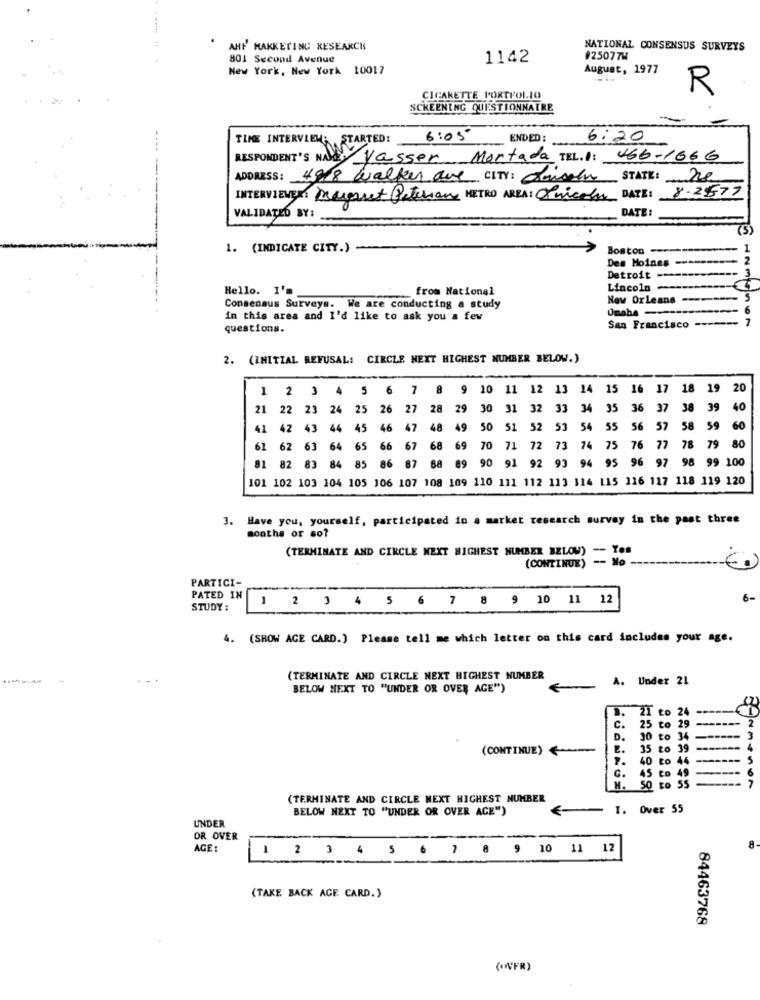
AHF MARKETING RESEARCH
NATIONAL CONSENSUS SURVEYS
801 Second Avenue
1142
#25077W
New York, New York 10017
August, 1977
---
R
CIGARETTE PORTFOLIO
SCREENING QUESTIONNAIRE
TIME INTERVIEW: STARTED:
6:05
ENDED:
6:20
RESPONDENT'S NAVE Vasser Montada TEL. I: 466-1666
-
ADDRESS: 4948 walker are CITY: Criseen STATE: 20
INTERVIEWER : Anceret Peterson METRO AREA: Unicola DATE: 8-2577
VALIDATED BY:
DATE
(5)
1. (INDICATE CITY.)
Boston
1
Des Moines -------
2
Detroit --
-- 3
Hello. I'm
from National
Lincoln ---
New Orleans -------
5
Consensus Surveys. We are conducting a study
-- 6
in this area and I'd like to ask you a few
- 7
questions.
San Francisco ----
2. (INITIAL REFUSAL: CIRCLE NEXT HIGHEST NUMBER BELOW.)
1 2 3 4 5 6 7 8 9 10 11 12 13 14
15
16
17
18 19
20
21 22 23 24 25 26 27 28 29 30 31 32 33 34 35 36 37 38
39
40
41 42 43 44 45 46 47 48 49 50 51 52 53 54 55 56 57 58
59
60
61 62 63 64 65 66 67 68 69
70 71 72 73 74 75 76 77 78 79 80
81 82 83 84 85 86 87 88 89 90 91 92 93 94 95 96 97 98 99 100
101 102 103 104 105 106 107 108 109 110 111 112 113 314 115 116 117 118 119 120
3. Have you, yourself, participated in a market research survey in the past three
months or so?
(TERMINATE AND CIRCLE NEXT HIGHEST NUMBER BELOW) -- Yes
(CONTINUE)
- No -
PARTICI-
6-
PATED IN 1 2 3 4 5 6 7 8 9 10 11 12
STUDY:
4. (SHOW ACE CARD.) Please tell me which letter on this card includes your age.
(TERMINATE AND CIRCLE NEXT HIGHEST NUMBER
A. Under 21
BELOW NEXT TO "UNDER OR OVER AGE")
€
to 24
C.
25 to 29
D.
30 to 34
(CONTINUE)
35 to 39
40 to 46
S
45 to 49
50
to 5
(TERMINATE AND CIRCLE NEXT HIGHEST NUMBER
BELOW NEXT TO "UNDER OR OVER AGE")
I. Over 55
UNDER
OR OVER
AGE:
1 2 3 4 5 6 7 8 9 10 11 12
8
(TAKE BACK ACE CARD.)
84463768
((FR)